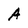
Character: A